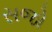
સજો